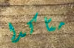
متاكدا